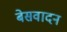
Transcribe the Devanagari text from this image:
बेसवादन